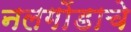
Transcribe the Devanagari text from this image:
नलगोंडाचे